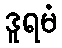
ဒူရမံ